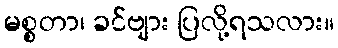
မစ္စတာ၊ ခင်ဗျား ပြလို့ရသလား။